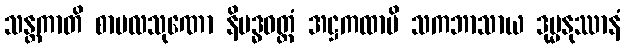
သန္တကာတိ စာပလသုဏော နိဗဒ္ဓဝတ္တံ အဋ္ဌကထာပိ သကဘာသာယ ဒုမ္မနုဿာနံ